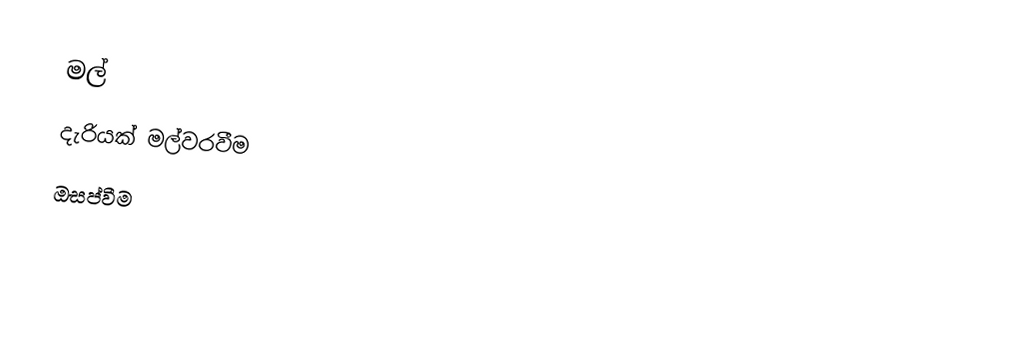
මල්
 දැරියක් මල්වරවීම
 ඔසප්වීම